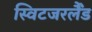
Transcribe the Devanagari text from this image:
स्विटजरर्लैंड